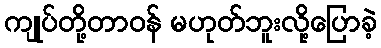
ကျုပ်တို့တာဝန် မဟုတ်ဘူးလို့ပြောခဲ့